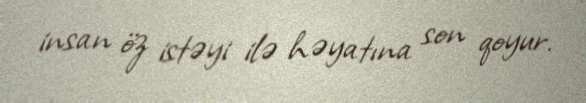
insan öz istəyi ilə həyatına son qoyur.